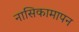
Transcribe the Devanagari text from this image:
नासिकामापन